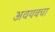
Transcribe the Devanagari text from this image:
अवयवचा